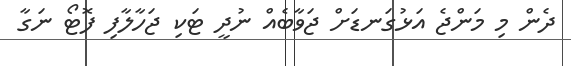
ދެން މި މަންޖެ އަޅުގަނޑަށް ޖަވާބެއް ނުދީ ޓަކި ޖަހާލާފި ފޮޓޯ ނަގާ